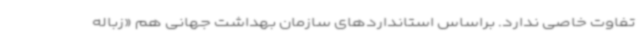
تفاوت خاصی ندارد. براساس استانداردهای سازمان بهداشت جهانی هم «زباله